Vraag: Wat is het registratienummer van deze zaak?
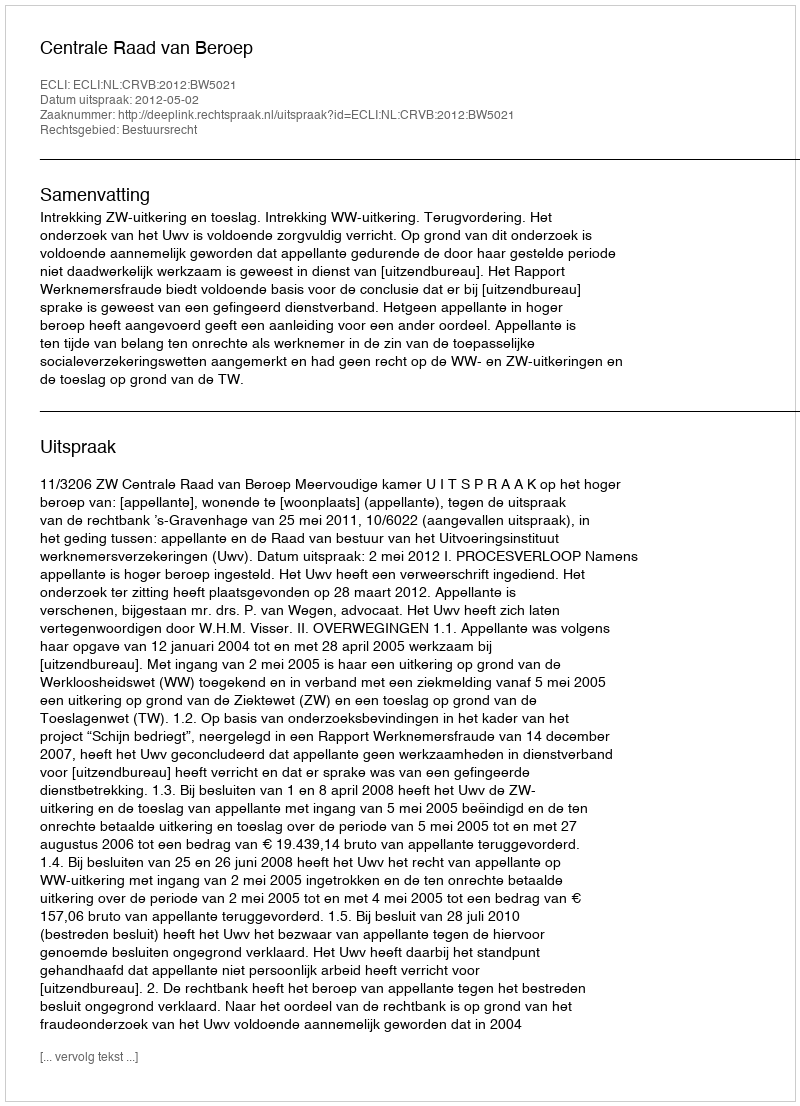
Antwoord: http://deeplink.rechtspraak.nl/uitspraak?id=ECLI:NL:CRVB:2012:BW5021